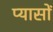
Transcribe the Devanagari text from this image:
प्यासों